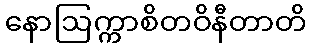
နောဩက္ကာစိတဝိနီတာတိ